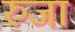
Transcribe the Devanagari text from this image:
रुजा